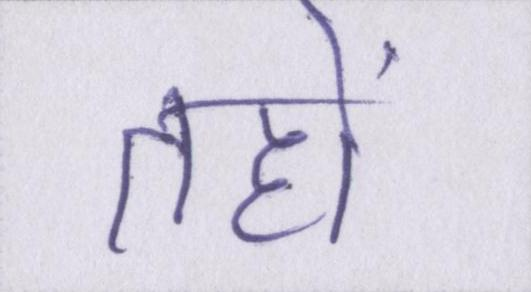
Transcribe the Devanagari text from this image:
तहों